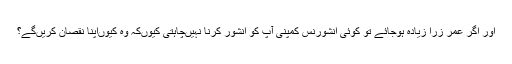
اور اگر عمر زرا زیادہ ہوجائے تو کوئی انشورنس کمپنی آپ کو انشور کرنا نہیں‌چاہتی کیوںکہ وہ کیوں‌اپنا نقصان کریں‌گے؟